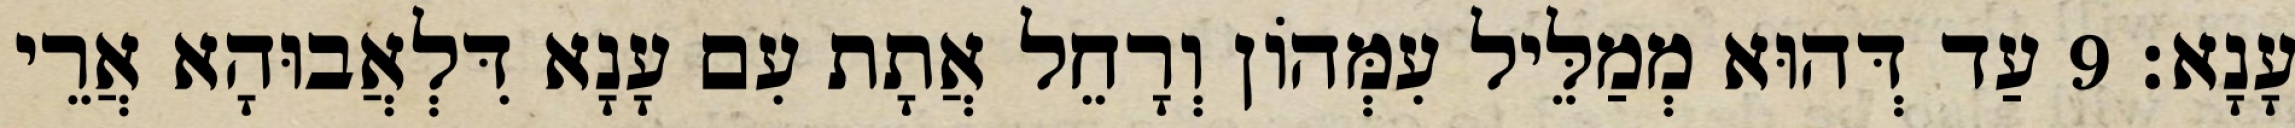
עָנָא׃ 9 עַד דְּהוּא מְמַלֵּיל עִמְּהוֹן וְרָחֵל אֲתָת עִם עָנָא דִּלְאֲבוּהָא אֲרֵי